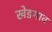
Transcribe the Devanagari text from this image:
खेडगाव